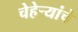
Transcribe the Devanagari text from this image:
चेहेऱ्यांचे